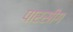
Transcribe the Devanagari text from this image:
पारसीग